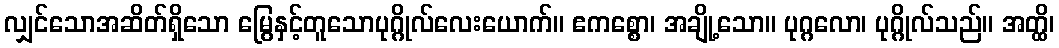
လျှင်သောအဆိတ်ရှိသော မြွေနှင့်တူသောပုဂ္ဂိုလ်လေးယောက်။ ဧကစ္စော၊ အချို့သော။ ပုဂ္ဂလော၊ ပုဂ္ဂိုလ်သည်။ အတ္ထိ၊